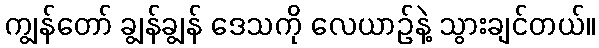
ကျွန်တော် ချွန်ချွန် ဒေသကို လေယာဉ်နဲ့ သွားချင်တယ်။